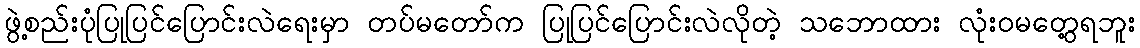
ဖွဲ့စည်းပုံပြုပြင်ပြောင်းလဲရေးမှာ တပ်မတော်က ပြုပြင်ပြောင်းလဲလိုတဲ့ သဘောထား လုံးဝမတွေ့ရဘူး